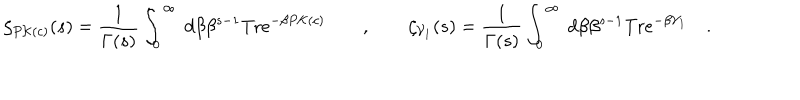
\zeta _ { P { \cal K } ( c ) } ( s ) = \frac { 1 } { \Gamma ( s ) } \int _ { 0 } ^ { \infty } \ d \beta \beta ^ { s - 1 } \mathrm { T r } e ^ { - \beta P { \cal K } ( c ) } \qquad , \qquad \zeta _ { { \cal V } _ { 1 } } ( s ) = \frac { 1 } { \Gamma ( s ) } \int _ { 0 } ^ { \infty } \ d \beta \beta ^ { s - 1 } \mathrm { T r } e ^ { - \beta { \cal V } _ { 1 } } \quad .